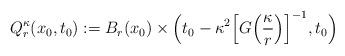
LaTeX: \begin{align*}Q_r^\kappa(x_0,t_0):=B_r(x_0)\times\Big(t_0-\kappa^2\Big[G\Big(\frac\kappa r\Big)\Big]^{-1},t_0\Big)\end{align*}